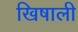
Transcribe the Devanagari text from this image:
खिषाली